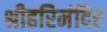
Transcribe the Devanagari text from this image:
श्रीहरिमंदिर